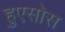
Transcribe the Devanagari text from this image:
हुएसोस